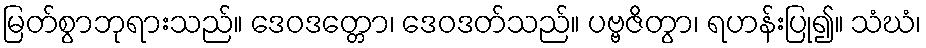
မြတ်စွာဘုရားသည်။ ဒေဝဒတ္တော၊ ဒေဝဒတ်သည်။ ပဗ္ဗဇိတွာ၊ ရဟန်းပြု၍။ သံဃံ၊